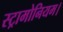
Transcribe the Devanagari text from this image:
स्ट्रामोनियम।